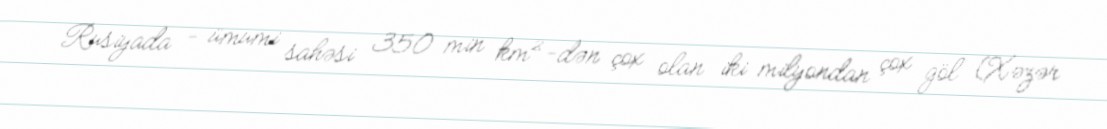
Rusiyada - ümumi sahəsi 350 min km²-dən çox olan iki milyondan çox göl (Xəzər